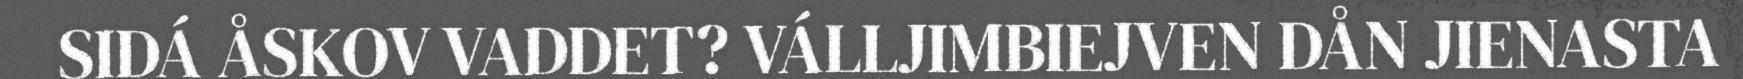
SIDÁ ÅSKOV VADDET? VÁLLJIMBIEJVEN DÅN JIENASTA